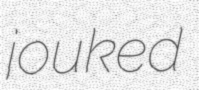
jouked